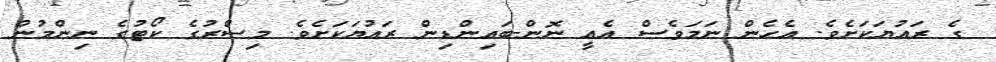
ގެ ރައުޔަކަށެވެ. އެހެން ނަމަވެސް އެއީ ނޮން-ބައިންޑިން ރައުޔަކަށެވެ. މިސްރުގެ ކޯޓުގެ ނިންމުން